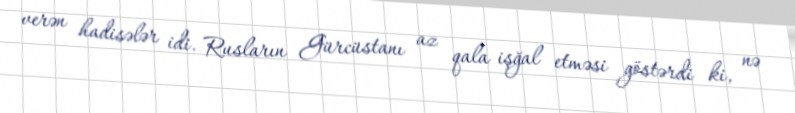
verən hadisələr idi. Rusların Gürcüstanı az qala işğal etməsi göstərdi ki, nə